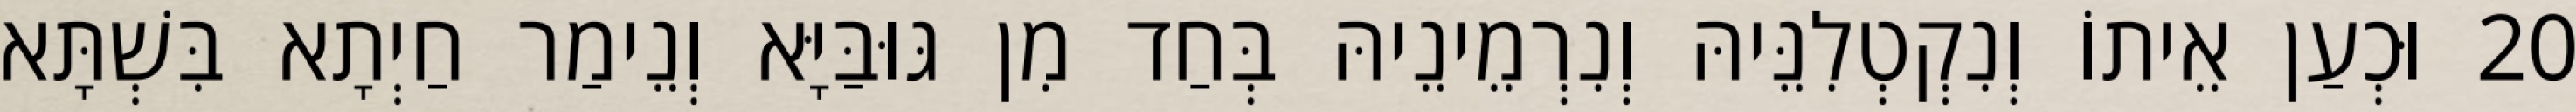
20 וּכְעַן אֵיתוֹ וְנִקְטְלִנֵּיהּ וְנִרְמֵינֵיהּ בְּחַד מִן גּוּבַּיָּא וְנֵימַר חַיְתָא בִּשְׁתָּא